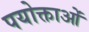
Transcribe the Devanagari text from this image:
पयोक्ताओं